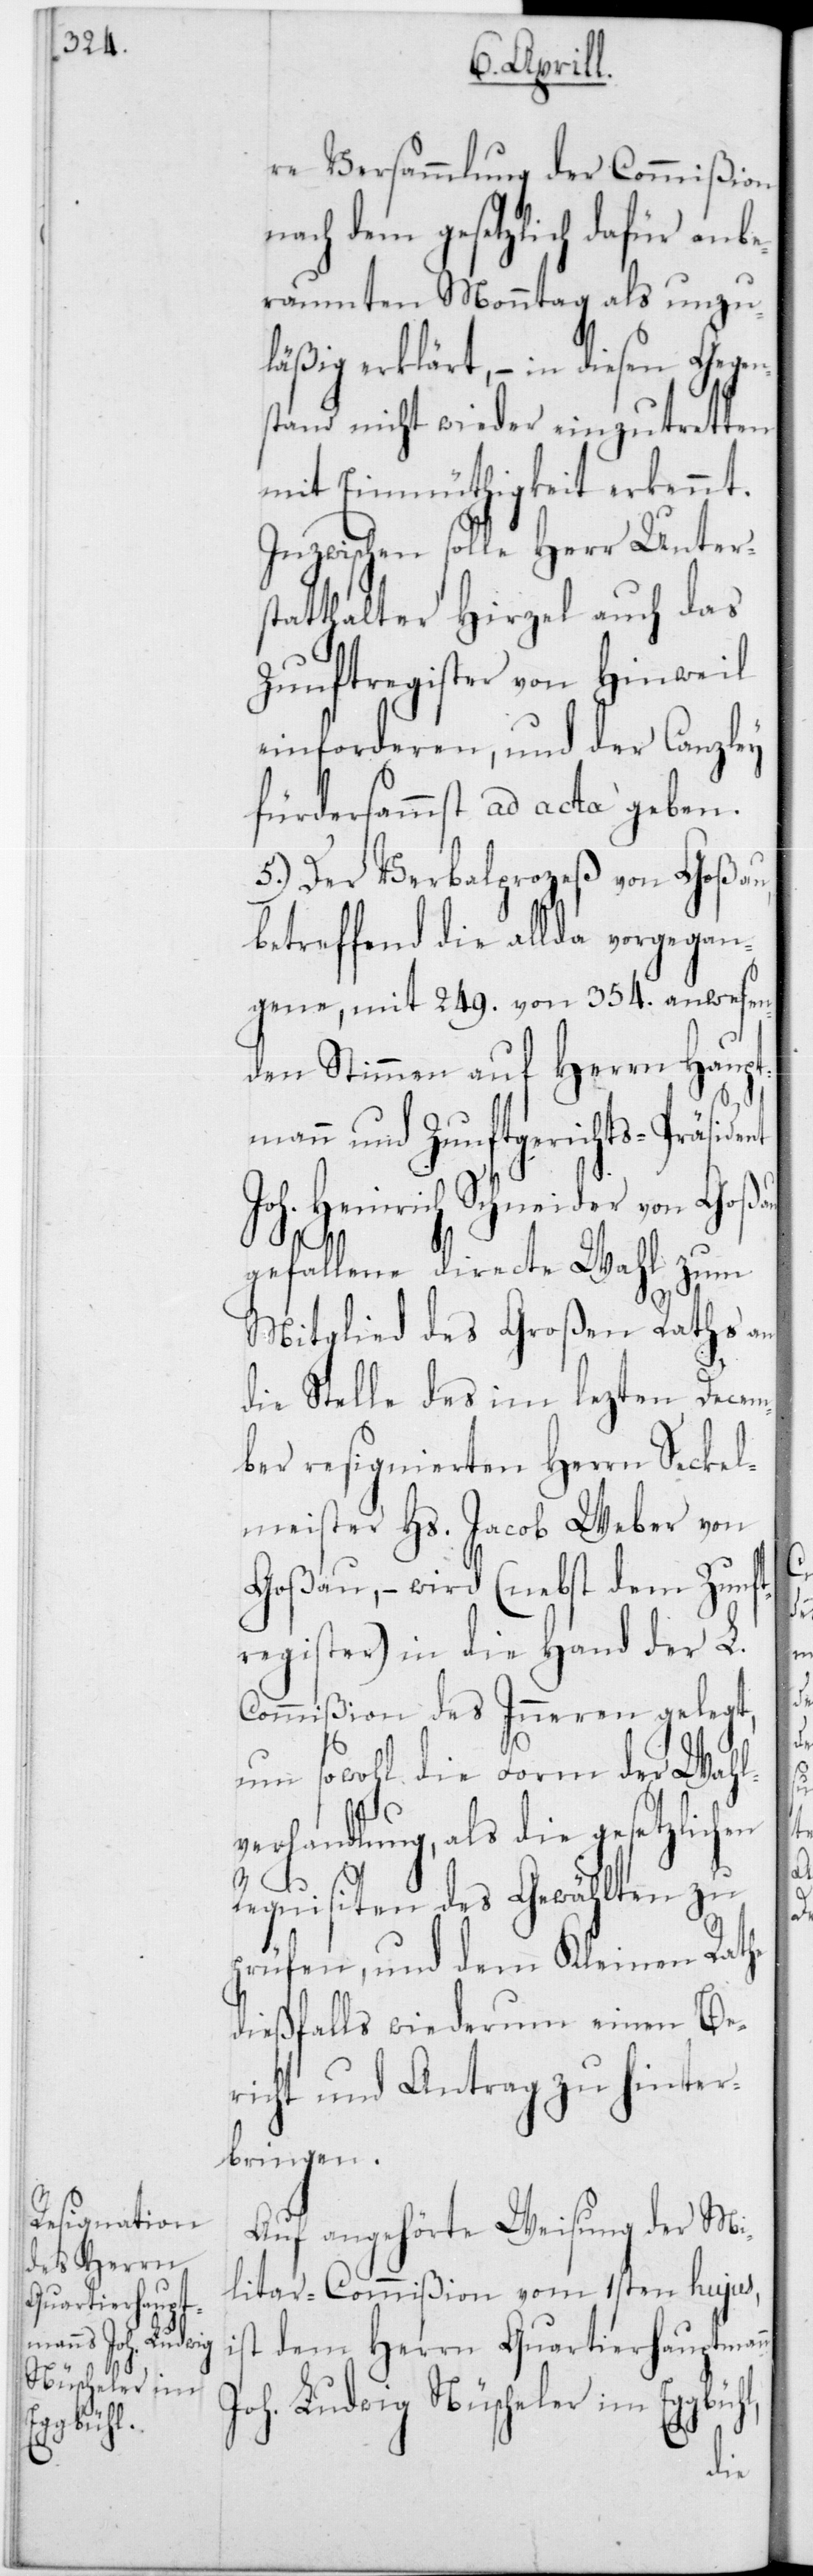
gbühl,

re Versammlung der Commißion
nach dem gesetzlich dafür anbe¬
raumten Monntag als unzu¬
läßig erklärt, – in diesen Gegen¬
stand nicht wieder einzutretten
mit Einmüthigkeit erkennt.
Inzwischen solle Herr Unters¬
tatthalter Hirzel auch das
Zunftregister von Hinweil
einforderen, und der Canzley
fürdersammst ad acta geben.
5.) Der Verbalprozeß von Goßau,
betreffend die allda vorgegan¬
gene, mit 249 von 354 anwesen¬
den Stimmen auf Herrn Haupt¬
mann und Zunftgerichts-Präsident
Joh. Heinrich Schneider von Goßau
en
gefallene directe Wahl zum
Mitglied des Großen Raths an
die Stelle des im lezten Decem¬
ber resignierten Herrn Seckel¬
meister Hs. Jacob Weber von
Goßau, – wird (nebst dem Zunft¬
register) in die Hand der L.
Commißion des Innern gelegt,
um sowohl die Form der Wahl¬
verhandlung, als die gesetzlich¬
Requisiten des Gewählten zu
prüfen, und dem Kleinen Rathe
dießfalls wiederum einen Be¬
richt und Antrag zu hinter¬
bringen.
Auf angehörte Weisung der Mi¬
litar-Commißion vom 1sten hujus,
ist dem Herrn Quartierhauptmann
Joh. Ludwig Nüscheler im Eg¬